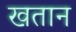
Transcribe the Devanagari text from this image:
खतान